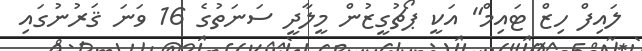
ލައިފް ހިޒް ޓައިމް" އަކީ ޕޯޗުގީޒުން މީލާދީ ސަނަތުގެ 16 ވަނަ ޤަރުނުގައި